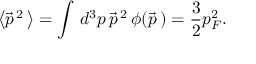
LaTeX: \left< \vec { p } ^ { \, 2 } \, \right> = \int \, d ^ { 3 } p \, \vec { p } ^ { \, 2 } \, \phi ( \vec { p } \, ) = { \frac { 3 } { 2 } } p _ { F } ^ { 2 } .